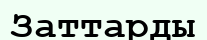
Заттарды